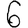
Digit: 6